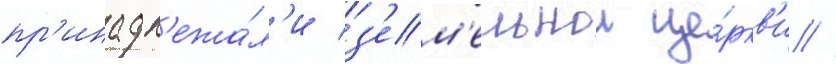
пр'инадл'ежа́л'и з'ем'ельнои це́ркв'и //